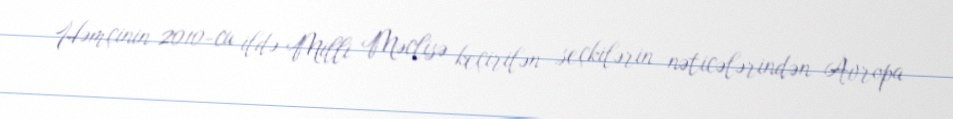
Həmçinin 2010-cu ildə Milli Məclisə keçirilən seçkilərin nəticələrindən Avropa